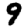
Digit: 9